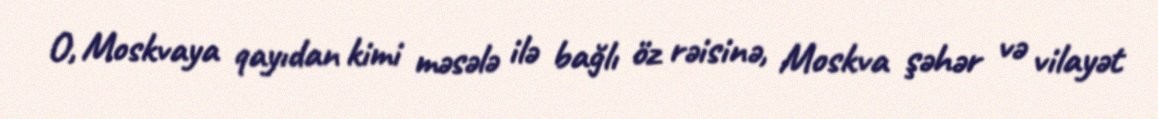
O, Moskvaya qayıdan kimi məsələ ilə bağlı öz rəisinə, Moskva şəhər və vilayət